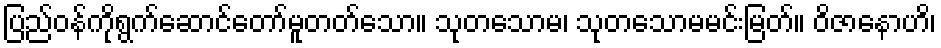
ပြည်ဝန်ကိုရွက်ဆောင်တော်မူတတ်သော။ သုတသောမ၊ သုတသောမမင်းမြတ်။ ဝိဇာနောဟိ၊